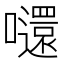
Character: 𡄤